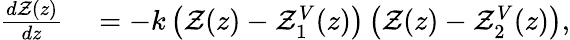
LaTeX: \begin{array}{rl}{\frac{d\mathcal{Z}(z)}{dz}}&{{}=-k\left(\mathcal{Z}(z)-\mathcal{Z}_{1}^{V}(z)\right)\left(\mathcal{Z}(z)-\mathcal{Z}_{2}^{V}(z)\right),}\end{array}